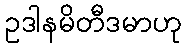
ဥဒါနမိတီဒမာဟု